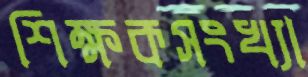
শিক্ষকসংখ্যা